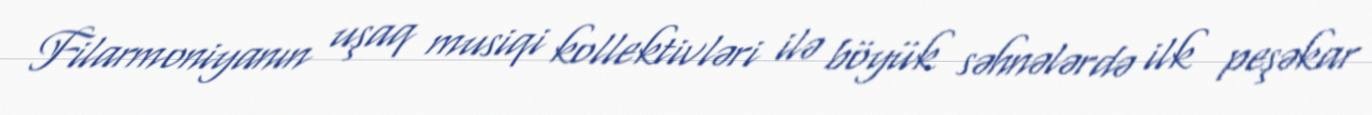
Filarmoniyanın uşaq musiqi kollektivləri ilə böyük səhnələrdə ilk peşəkar